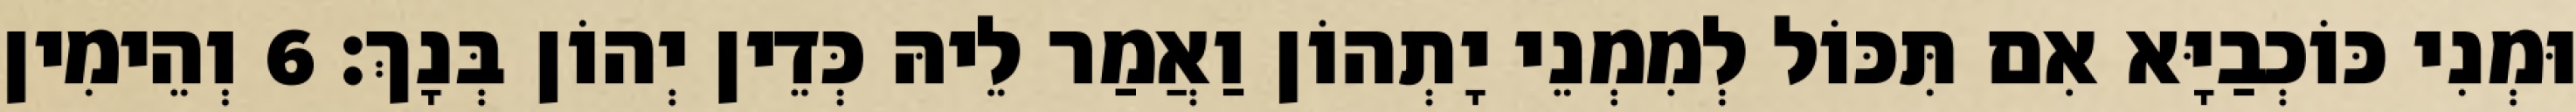
וּמְנִי כּוֹכְבַיָּא אִם תִּכּוֹל לְמִמְנֵי יָתְהוֹן וַאֲמַר לֵיהּ כְּדֵין יְהוֹן בְּנָךְ׃ 6 וְהֵימִין